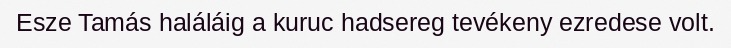
Esze Tamás haláláig a kuruc hadsereg tevékeny ezredese volt.